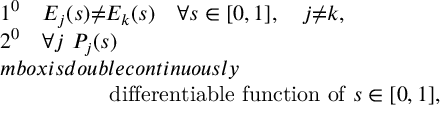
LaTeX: \begin{array} { l } { { 1 ^ { 0 } \quad E _ { j } ( s ) { \neq } E _ { k } ( s ) \quad \forall s \in [ 0 , 1 ] , \quad j { \neq } k , } } \\ { { 2 ^ { 0 } \quad \forall j \ P _ { j } ( s ) } } \\ { { m b o x { i s d o u b l e c o n t i n u o u s l y } } } \\ { { \qquad \qquad \quad \mathrm { d i f f e r e n t i a b l e ~ f u n c t i o n ~ o f } \ s \in [ 0 , 1 ] , } } \end{array}